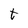
Character: t